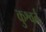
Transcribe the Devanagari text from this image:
कुश्वर्त